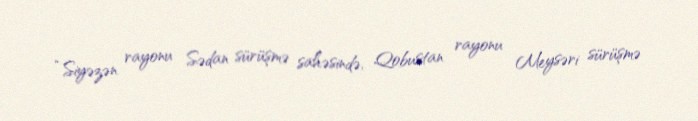
“Siyəzən rayonu Sədan sürüşmə sahəsində, Qobustan rayonu Meysəri sürüşmə